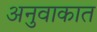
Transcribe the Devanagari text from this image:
अनुवाकात